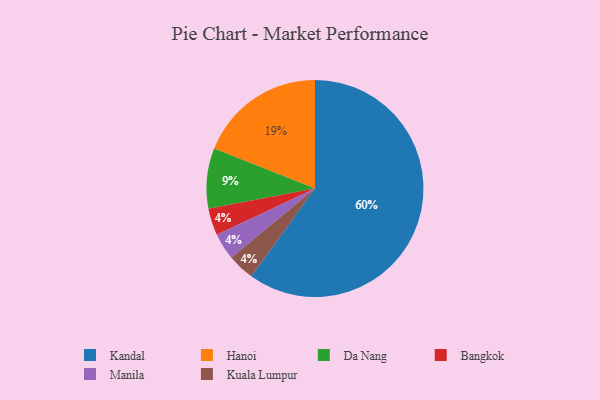
{"axis": {"x": "Category", "y": "Percentage"}, "legend": ["Bangkok", "Da Nang", "Hanoi", "Kandal", "Kuala Lumpur", "Manila"], "data": [{"x": "Kandal", "y": 60, "type": "Kandal"}, {"x": "Bangkok", "y": 4, "type": "Bangkok"}, {"x": "Hanoi", "y": 19, "type": "Hanoi"}, {"x": "Manila", "y": 4, "type": "Manila"}, {"x": "Da Nang", "y": 9, "type": "Da Nang"}, {"x": "Kuala Lumpur", "y": 4, "type": "Kuala Lumpur"}]}